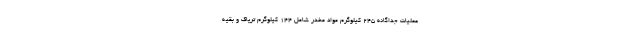
عملیات جداگانه ۲۴۵ کیلوگرم مواد مخدر شامل ۱۴۴ کیلوگرم تریاک و بقیه